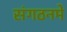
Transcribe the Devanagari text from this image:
संगठनमे